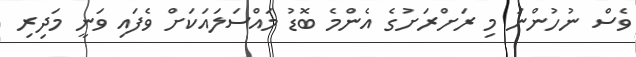
ވެސް ނުހުންނަ މި ރަށްރަށުގެ އެންމެ ބޮޑު މައްްސަލައަކަށް ވެެފައި ވަނީ މަދިރި